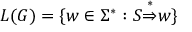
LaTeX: L ( G ) = \{ w \in \Sigma ^ { * } : S { \stackrel { * } { \Rightarrow } } w \}